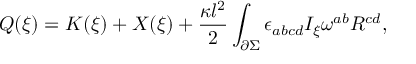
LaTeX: Q ( \xi ) = K ( \xi ) + X ( \xi ) + \frac { \kappa l ^ { 2 } } { 2 } \int _ { \partial \Sigma } \epsilon _ { a b c d } I _ { \xi } \omega ^ { a b } R ^ { c d } ,